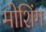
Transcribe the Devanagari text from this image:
मोशिंग